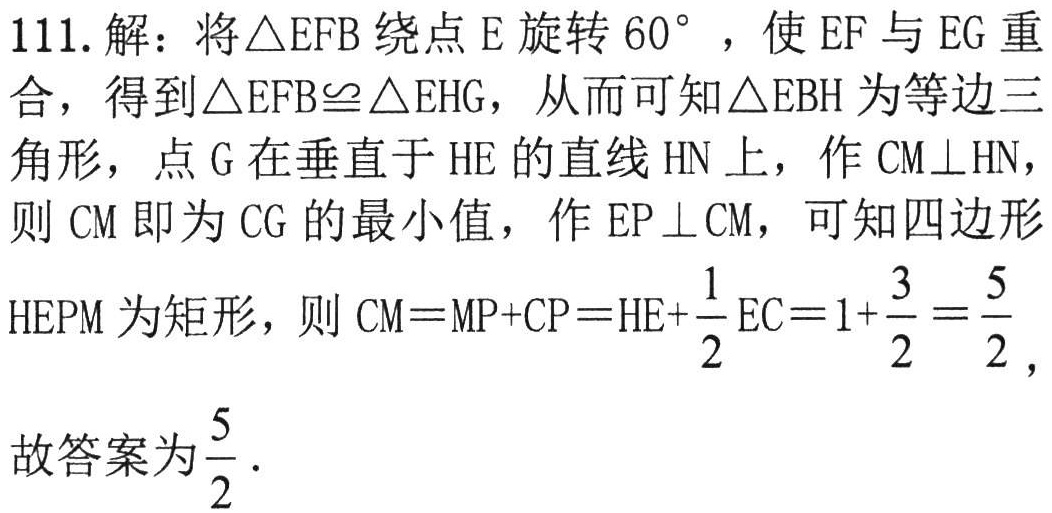
111. 解：将$\triangle EFB$绕点$E$旋转$60^{\circ}$，使$EF$与$EG$重合，得到$\triangle EFB\cong\triangle EHG$，从而可知$\triangle EBH$为等边三角形，点$G$在垂直于$HE$的直线$HN$上，作$CM\perp HN$，则$CM$即为$CG$的最小值，作$EP\perp CM$，可知四边形$HEPM$为矩形，则$CM = MP + CP = HE+\dfrac{1}{2}EC = 1+\dfrac{3}{2}=\dfrac{5}{2}$，
故答案为$\dfrac{5}{2}$.